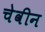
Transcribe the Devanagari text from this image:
चेवीन